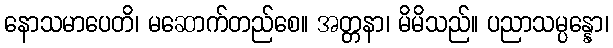
နောသမာပေတိ၊ မဆောက်တည်စေ။ အတ္တနာ၊ မိမိသည်။ ပညာသမ္ပန္နော၊